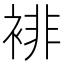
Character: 裶